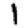
Digit: 1